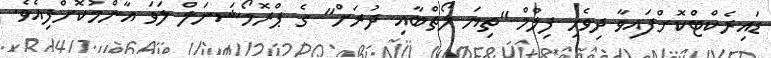
ޑައިރެކްޓްކޮށްފައިވާ ދިވެހި ފިލްމް "ތިޔަ ލޯތްބާއި ދުރަށް" ގެ ޕްރޮމޯޝަނަލް ލަވަ އާންމުކޮށްފިއެވެ.